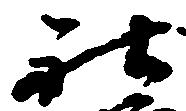
社